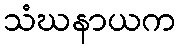
သံဃနာယက